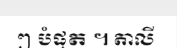
ៗ បំផុត ។ តាលី